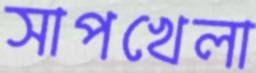
সাপখেলা